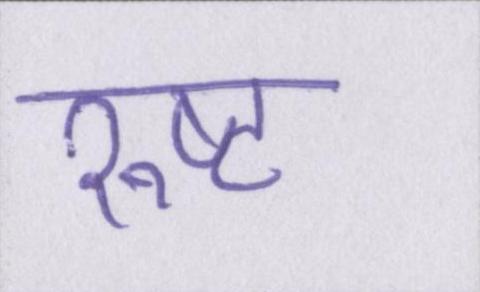
रुष्ट